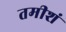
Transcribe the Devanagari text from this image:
तमीशं